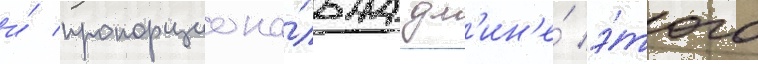
и́ пропорциона́льна дл'ин'е́ э́того